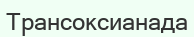
Трансоксианада